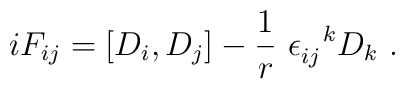
iF_{ij}= [D_i,D_j]-\frac{1}{r} ~\epsilon_{ij}^{~~k}D_k~.\nonumber